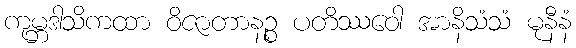
ကုမ္ဘဒါသိကထာ ဝိဇာတာနဉ္စ ပတိဿဝေါ အာနိသံသံ မုနီနံ